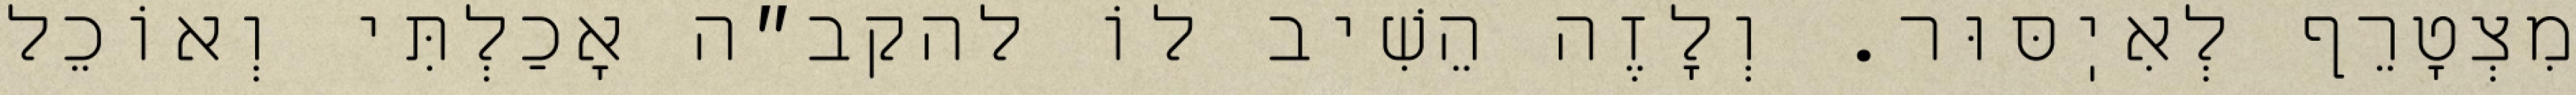
מִצְטָרֵף לְאִיֽסּוּר. וְלָזֶה הֵשִׁיב לוֹ להקב״ה אָכַלְתִּי וְאוֹכֵל